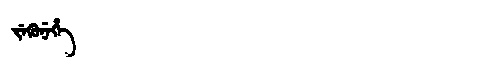
Manchu: ᠵᡝᡴᡠᠨᡝᡥᡝ
Romanization: JEKUNEHE